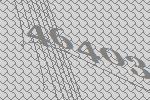
46403